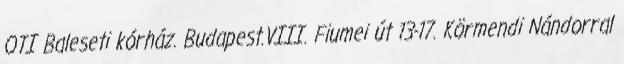
OTI Baleseti kórház. Budapest.VIII. Fiumei út 13-17. Körmendi Nándorral